65_HS1-834228961_62-HQ-83894_Section_10
Agency: FBI
Page 184
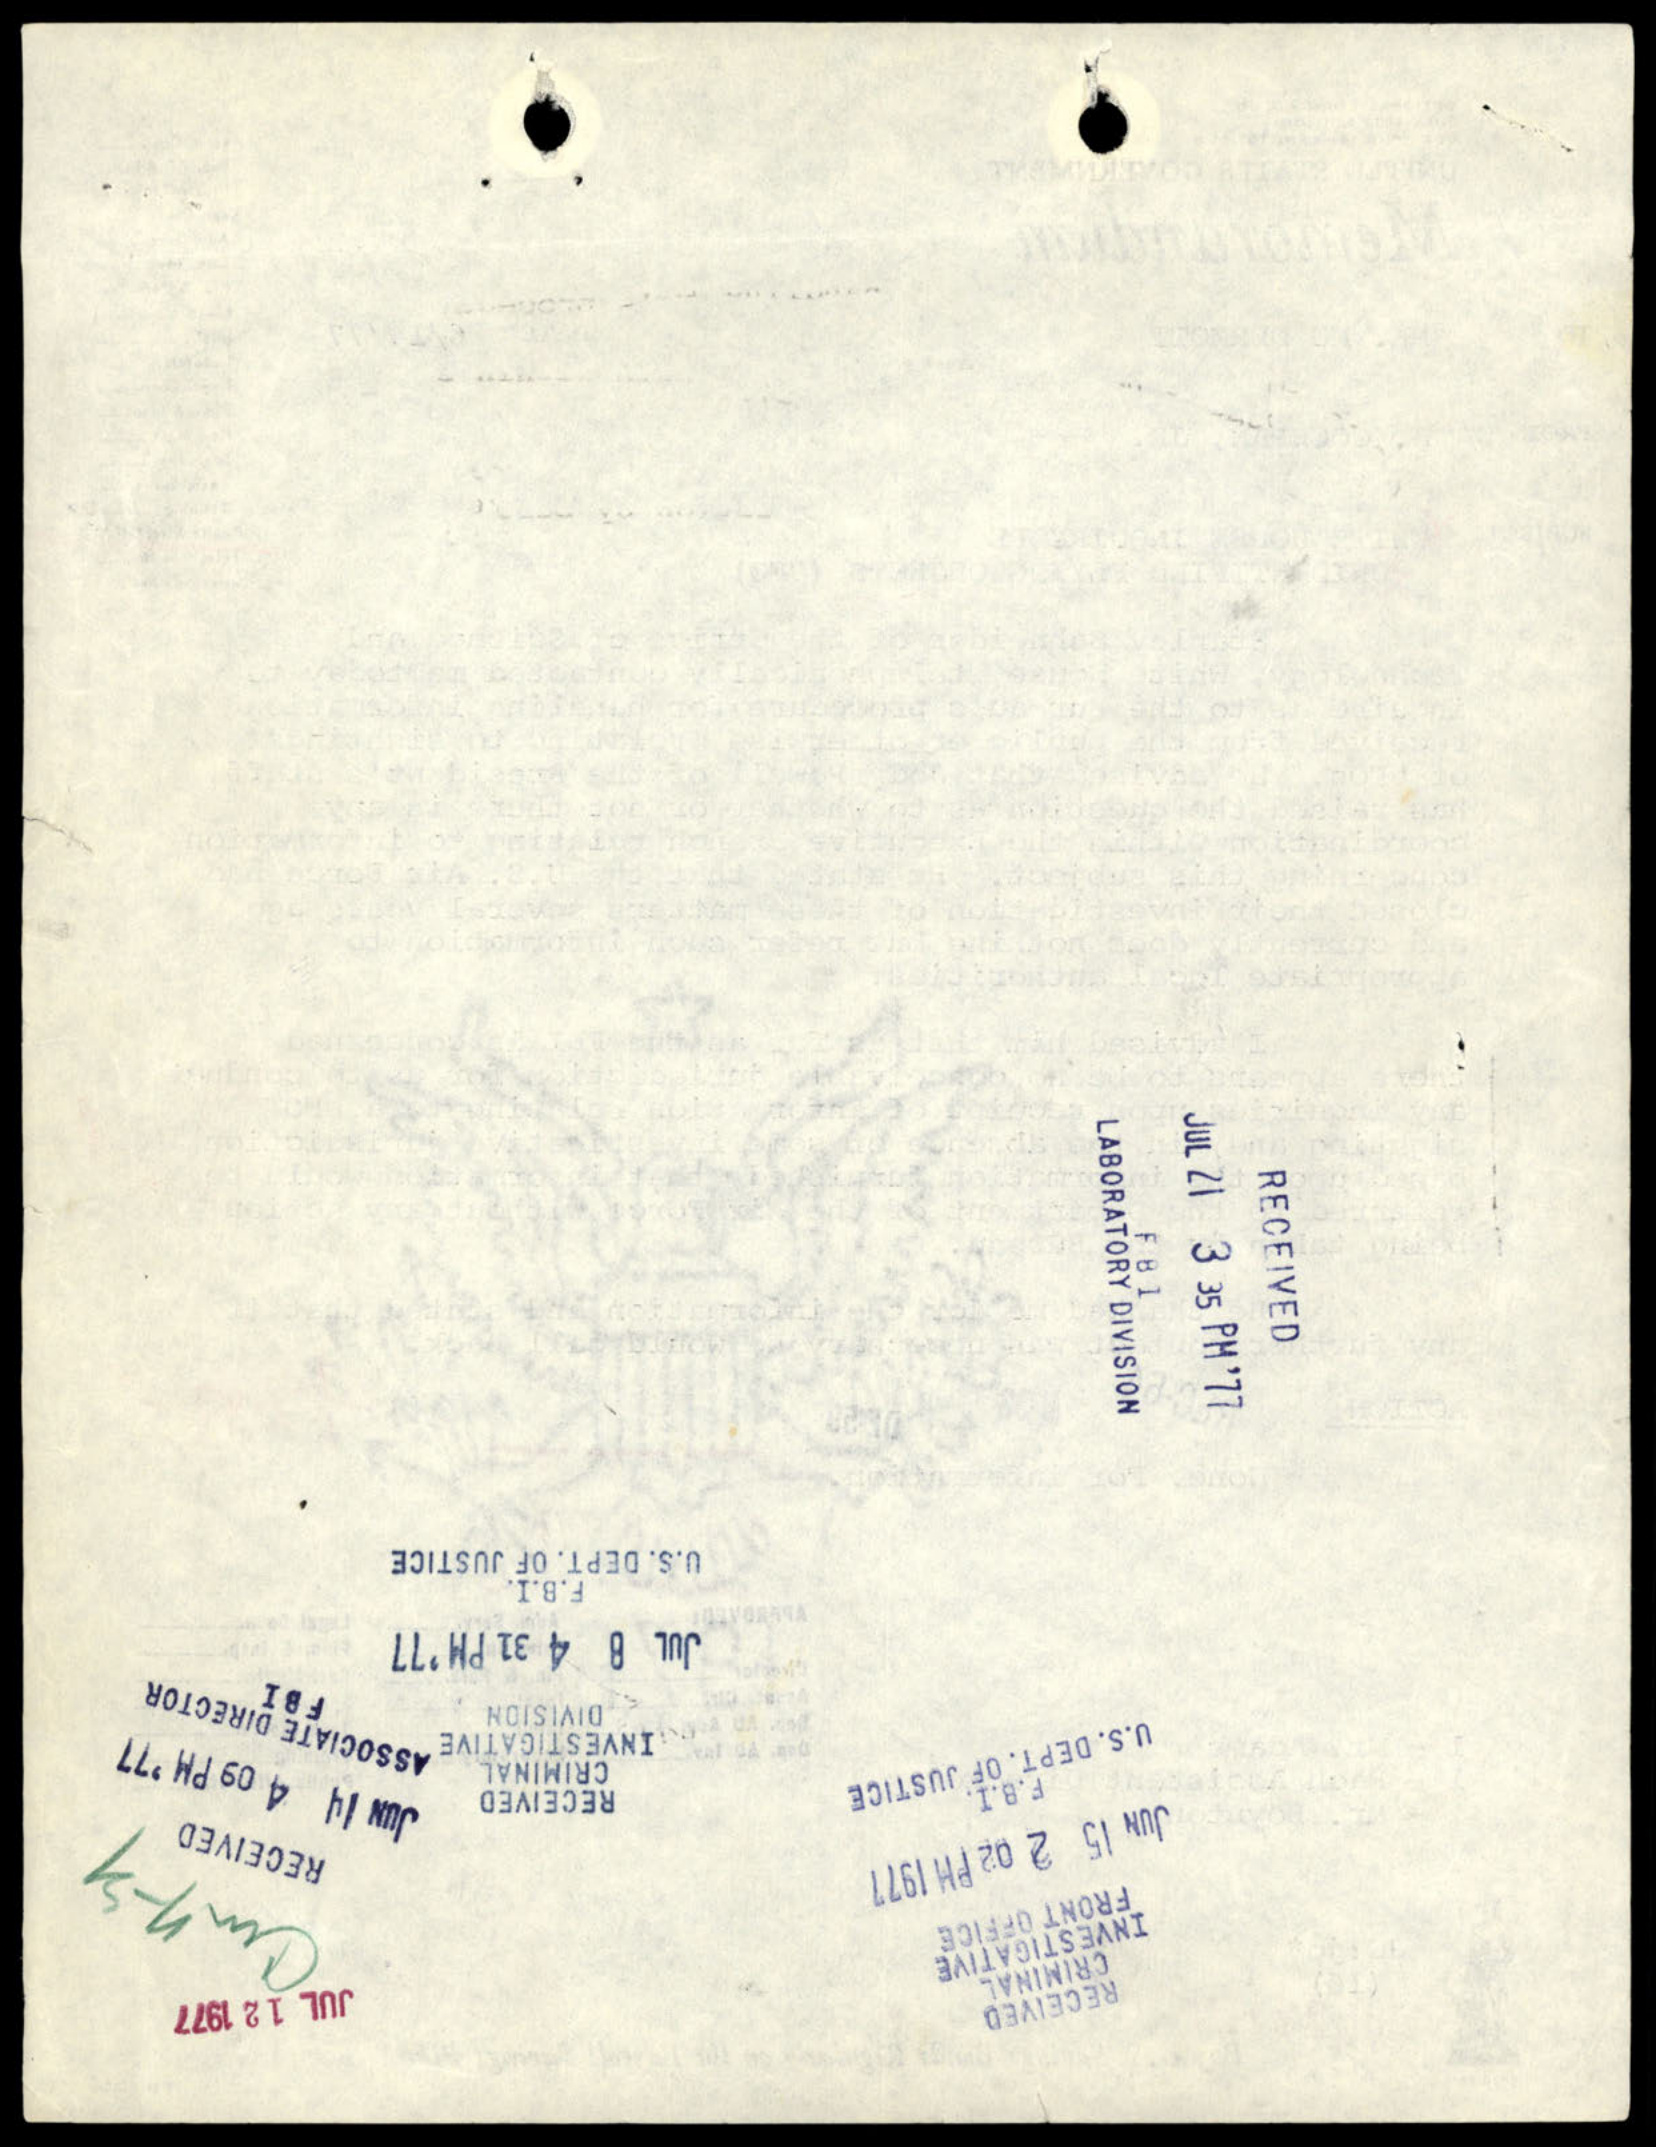